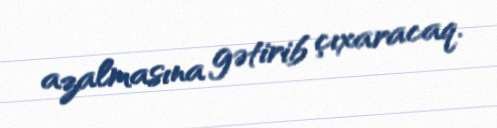
azalmasına gətirib çıxaracaq.